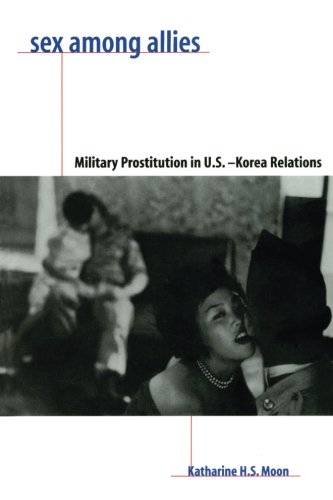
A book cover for Sex Among Allies; Katharine H. S. Moon; History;